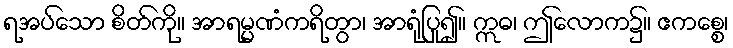
ရအပ်သော စိတ်ကို။ အာရမ္မဏံကရိတွာ၊ အာရုံပြု၍။ ဣဓ၊ ဤလောက၌။ ဧကစ္စေ၊